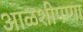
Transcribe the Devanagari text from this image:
आळशीपणा